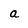
Character: a